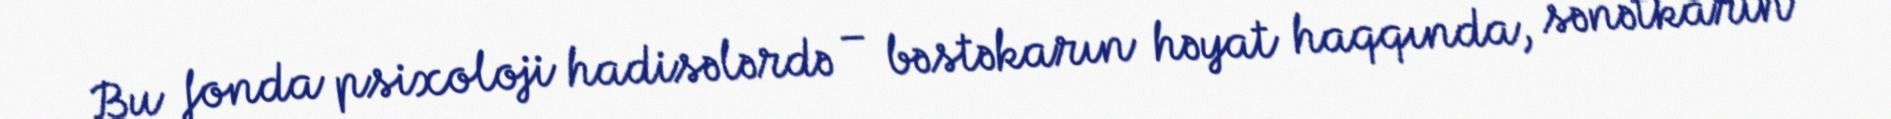
Bu fonda psixoloji hadisələrdə – bəstəkarın həyat haqqında, sənətkarın